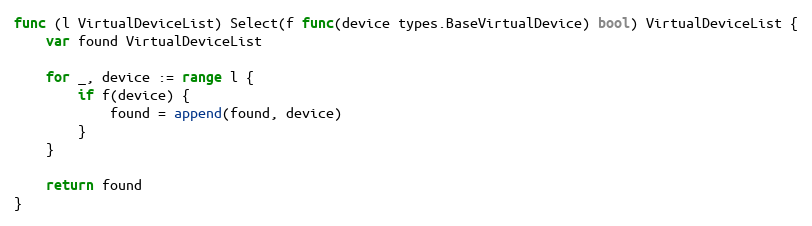
Language: Go
func (l VirtualDeviceList) Select(f func(device types.BaseVirtualDevice) bool) VirtualDeviceList {
	var found VirtualDeviceList

	for _, device := range l {
		if f(device) {
			found = append(found, device)
		}
	}

	return found
}